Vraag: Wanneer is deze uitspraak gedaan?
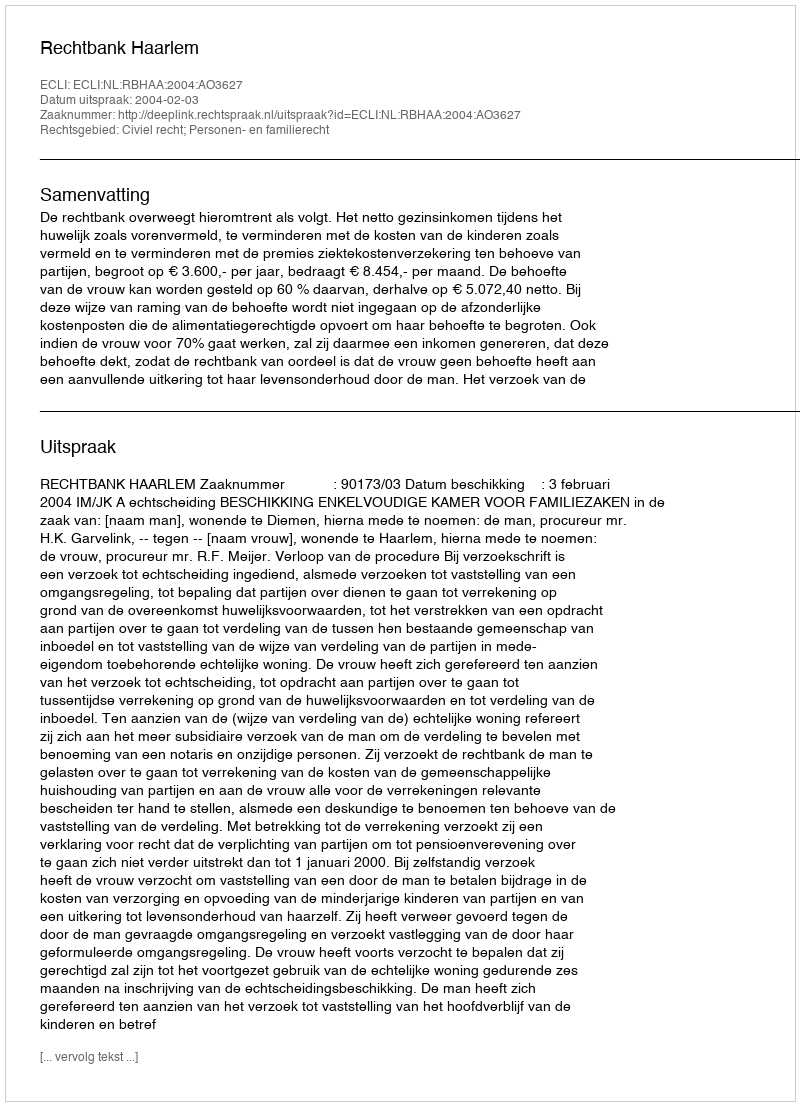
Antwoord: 2004-02-03